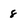
Character: 8